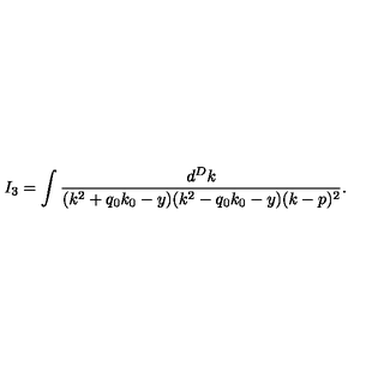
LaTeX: I _ { 3 } = \int \frac { d ^ { D } k } { ( k ^ { 2 } + q _ { 0 } k _ { 0 } - y ) ( k ^ { 2 } - q _ { 0 } k _ { 0 } - y ) ( k - p ) ^ { 2 } } .